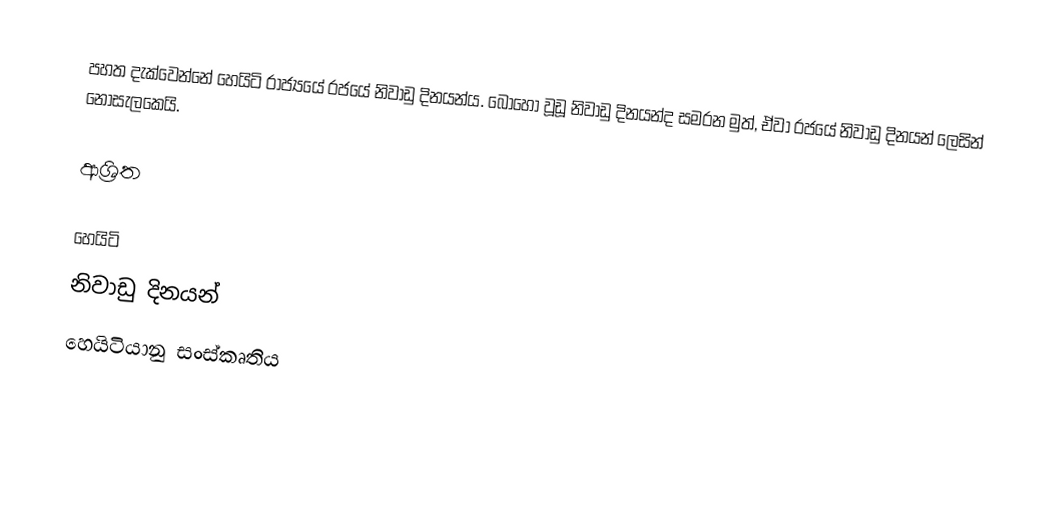
පහත දැක්වෙන්නේ හෙයිටි රාජ්‍යයේ රජයේ නිවාඩු දිනයන්ය.  බොහෝ වූඩූ නිවාඩු දිනයන්ද සමරන මුත්, ඒවා රජයේ නිවාඩු දිනයන් ලෙසින් නොසැලකෙයි.

ආශ්‍රිත

හෙයිටි
නිවාඩු දිනයන්
හෙයිටියානු සංස්කෘතිය